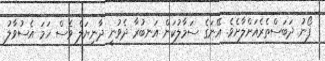
ފޯނު ދަބަސްތެރެއަށްލާށެވެ. އޭނަގެ ސަމާލުކަން އަނބުރާ ދެވުނީ ދާނިޔަލް ވެސް ހަމަ އެސުވާލު